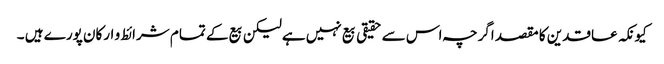
کیونکہ عاقدین کا مقصد اگرچہ اس سے حقیقی بیع نہیں ہےلیکن بیع کے تمام شرائط و ارکان پورے ہیں ۔